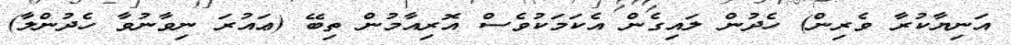
އަނިޔާކުރާ ވެރިން) ހެދުން ލައިގެން އެކަމަކުވެސް އޮރިއާމުން ތިބޭ (ޢައުރަ ނިވާނުވާ ހެދުންލާ)